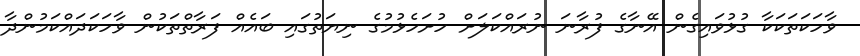
ވާހަކަތަަކަކާ ގުޅުވައިގެން އޭނާގެ ފުރާނަ ނުރައްކަލަށް ހުށަހެޅުމުގެ ނިޔަތުގައި ބައެއް ފަރާތްތަކުން ވާހަކަދައްކަމުންދާ